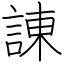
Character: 諌